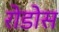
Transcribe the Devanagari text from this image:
रोडोस